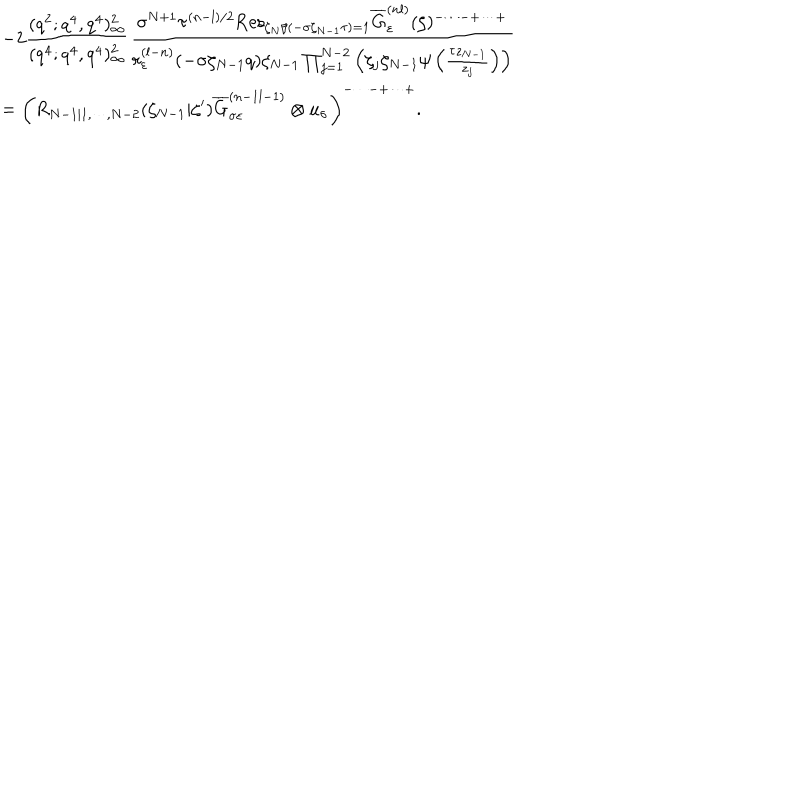
LaTeX: \begin{array} { c l } { { } } & { { \displaystyle - 2 \frac { ( q ^ { 2 } ; q ^ { 4 } , q ^ { 4 } ) _ { \infty } ^ { 2 } } { ( q ^ { 4 } ; q ^ { 4 } , q ^ { 4 } ) _ { \infty } ^ { 2 } } \frac { \sigma ^ { N + 1 } \tau ^ { ( n - l ) / 2 } \mathrm { R e s } _ { \zeta _ { N } / ( - \sigma \zeta _ { N - 1 } \tau ) = 1 } \overline { { { G } } } _ { \varepsilon } ^ { ( n l ) } ( \zeta ) ^ { - \cdots - + \cdots + } } { r _ { \varepsilon } ^ { ( l - n ) } ( - \sigma \zeta _ { N - 1 } q ) \zeta _ { N - 1 } \prod _ { j = 1 } ^ { N - 2 } \left( \zeta _ { j } \zeta _ { N - 1 } \psi \left( \frac { \tau z _ { N - 1 } } { z _ { j } } \right) \right) } } } \\ { { } } & { { = \displaystyle \left( R _ { N - 1 | 1 , \cdots , N - 2 } ( \zeta _ { N - 1 } | \zeta ^ { \prime } ) \overline { { { G } } } _ { \sigma \varepsilon } ^ { ( n - 1 l - 1 ) } \otimes u _ { \sigma } \right) ^ { - \cdots - + \cdots + } . } } \\ \end{array}